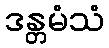
ဒန္တမံသံ